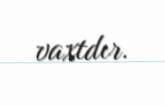
vaxtdır.